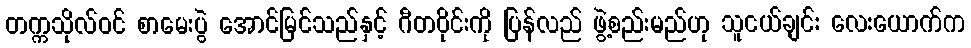
တက္ကသိုလ်ဝင် စာမေးပွဲ အောင်မြင်သည်နှင့် ဂီတဝိုင်းကို ပြန်လည် ဖွဲ့စည်းမည်ဟု သူငယ်ချင်း လေးယောက်က